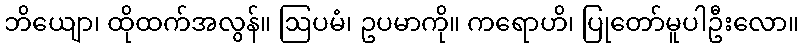
ဘိယျော၊ ထိုထက်အလွန်။ ဩပမံ၊ ဥပမာကို။ ကရောဟိ၊ ပြုတော်မူပါဦးလော။